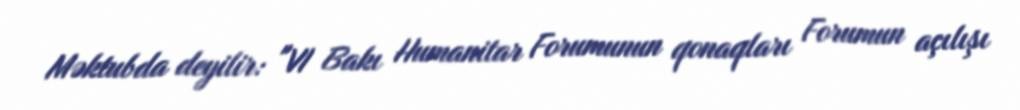
Məktubda deyilir: "VI Bakı Humanitar Forumunun qonaqları Forumun açılışı